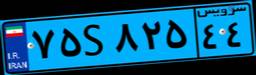
۰۴S۰۱۹۶۱